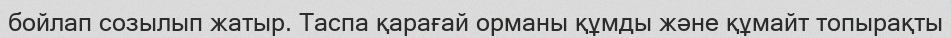
бойлап созылып жатыр. Таспа қарағай орманы құмды және құмайт топырақты